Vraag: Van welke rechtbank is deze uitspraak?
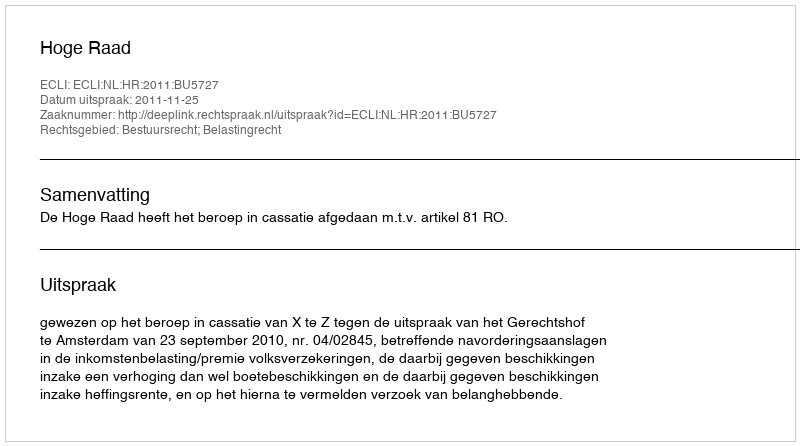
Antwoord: Hoge Raad